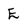
Character: E